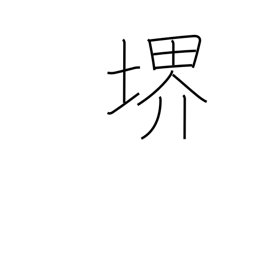
Meaning: world